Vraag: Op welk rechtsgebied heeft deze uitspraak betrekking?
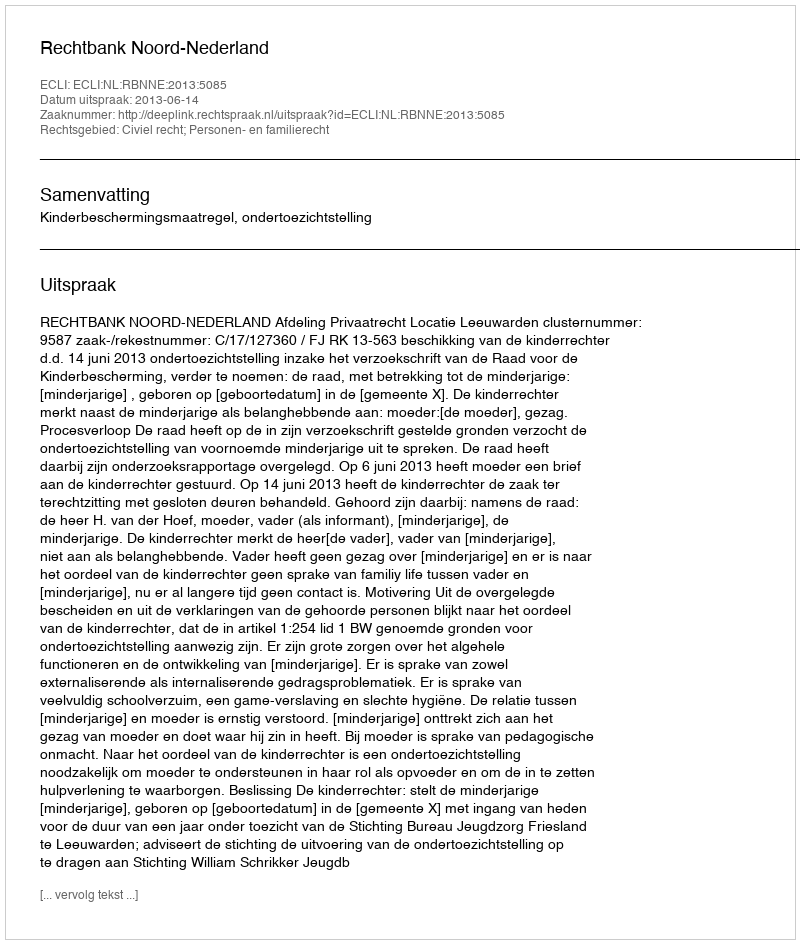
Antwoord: Civiel recht; Personen- en familierecht